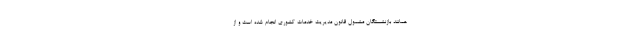
همانند بازنشستگان مشمول قانون مدیریت خدمات کشوری انجام شده است و از